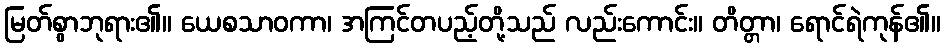
မြတ်စွာဘုရား၏။ ယေစသာဝကာ၊ အကြင်တပည့်တို့သည် လည်းကောင်း။ တိတ္တာ၊ ရောင်ရဲကုန်၏။